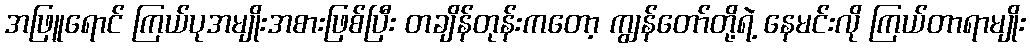
အဖြူရောင် ကြယ်ပုအမျိုးအစားဖြစ်ပြီး တချိန်တုန်းကတော့ ကျွန်တော်တို့ရဲ့ နေမင်းလို ကြယ်တာရာမျိုး